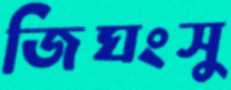
জিঘংসু